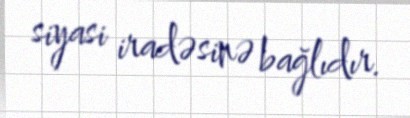
siyasi iradəsinə bağlıdır.